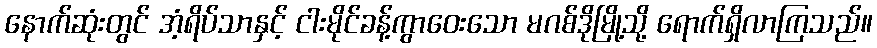
နောက်ဆုံးတွင် အံ့ရိပ်သာနှင့် ငါးမိုင်ခန့်ကွာဝေးသော မဂစ်ဒိုမြို့သို့ ရောက်ရှိလာကြသည်။